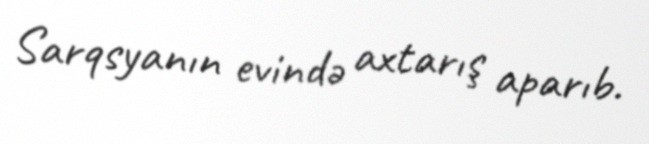
Sarqsyanın evində axtarış aparıb.